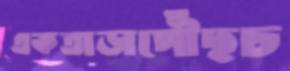
একতাড়াপৌঁছচ